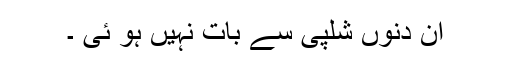
ان دنوں شلپی سے بات نہیں ہو ئی ۔